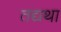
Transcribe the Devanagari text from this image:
तद्यथा